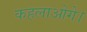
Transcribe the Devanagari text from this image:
कहलाओगे।